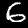
Label: 6